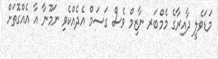
މަޑަވެލީ ދާއިރާގެ މެމްބަރ ނާޒިމް ވެސް ގަސަމް އެދެއްކެވި ނަމޫނާ އާ އެއްގޮތަށް